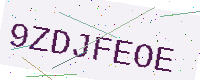
Text: 9ZDJFEOE